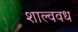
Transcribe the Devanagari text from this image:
शाल्ववध